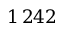
1 \, 2 4 2